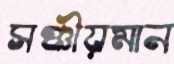
সঞ্চীয়মান